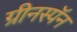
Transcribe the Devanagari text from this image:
ग्रीनस्पॅन